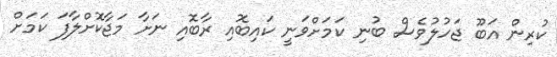
ކުރިން އަބޫ ޖަހުލުުވެސް ބުނި ކަމަށްވަނީ ކައިބޮއި ރާބޮއި ނަށާ މަޖާކޮށްލާފަ ކަމަށް